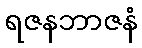
ရဇနဘာဇနံ